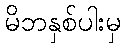
မိဘနှစ်ပါးမှ